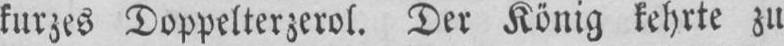
liirzcs Doppelterzerol. Der Konig kehrte zn